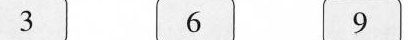
3 6 9